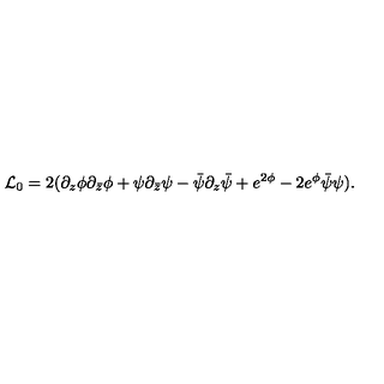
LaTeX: { \cal L } _ { 0 } = 2 ( \partial _ { z } \phi \partial _ { \bar { z } } \phi + \psi \partial _ { \bar { z } } \psi - \bar { \psi } \partial _ { z } \bar { \psi } + e ^ { 2 \phi } - 2 e ^ { \phi } \bar { \psi } \psi ) .